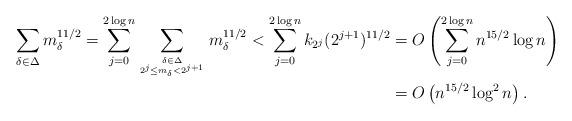
LaTeX: \begin{align*}\sum_{\delta\in \Delta}m_\delta^{11/2} = \sum_{j=0}^{2\log n} \sum_{\delta\in \Delta \atop 2^j \le m_\delta < 2^{j+1}}m_\delta^{11/2} < \sum_{j=0}^{2\log n} k_{2^j} (2^{j+1})^{11/2} &= O\left(\sum_{j=0}^{2\log n}n^{15/2}\log n\right) \\&= O\left(n^{15/2}\log^2 n\right).\end{align*}